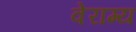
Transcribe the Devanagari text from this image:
वेराग्य